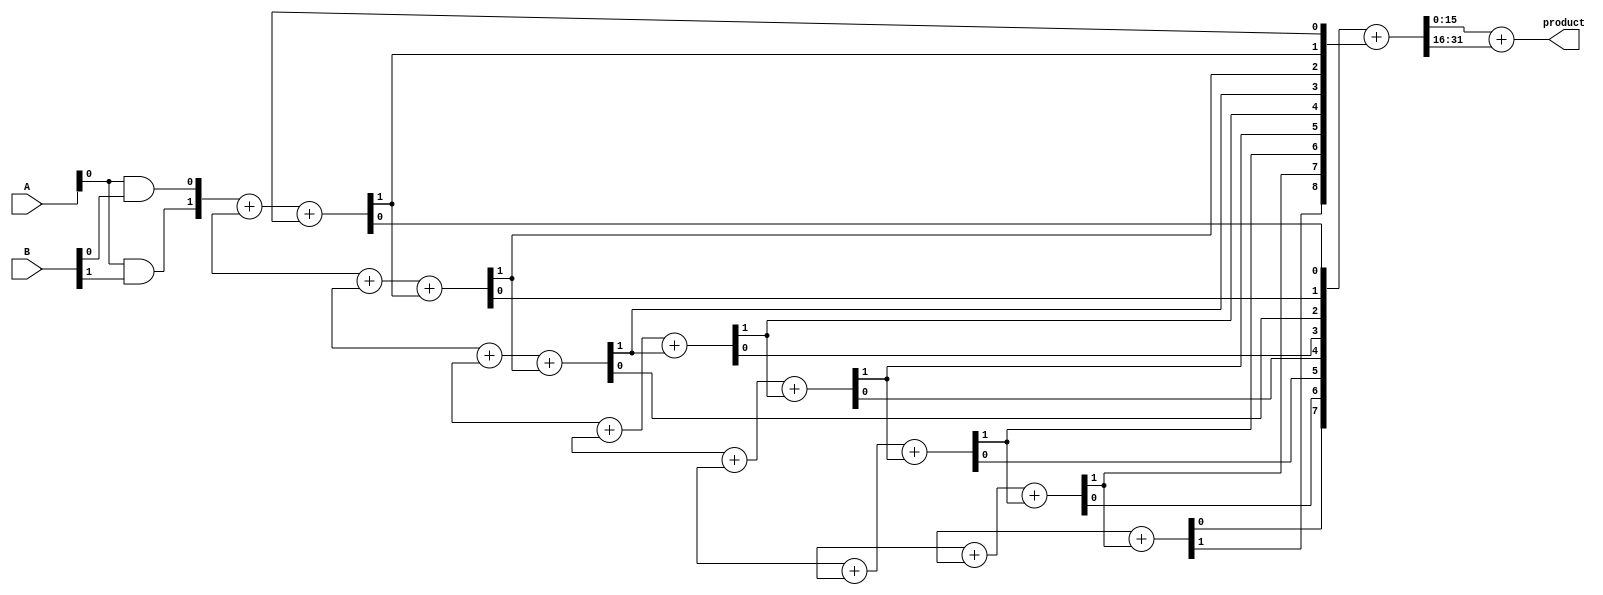
module AdaptiveWallaceTreeMultiplier #(parameter A_WIDTH = 8, B_WIDTH = 8)(
    input [A_WIDTH-1:0] A,
    input [B_WIDTH-1:0] B,
    output reg [(A_WIDTH + B_WIDTH - 1):0] product
);

    // Generate partial products
    wire [A_WIDTH * B_WIDTH - 1:0] partial_products [0:A_WIDTH-1];
    genvar i, j;
    generate
        for (i = 0; i < A_WIDTH; i = i + 1) begin : pp_gen
            for (j = 0; j < B_WIDTH; j = j + 1) begin : pp_gen_inner
                assign partial_products[i][j + (i * B_WIDTH)] = A[i] & B[j];
            end
        end
    endgenerate

    // Wallace Tree Reduction
    wire [A_WIDTH * B_WIDTH - 1:0] sum;
    wire [A_WIDTH * B_WIDTH - 1:0] carry;
    
    // Carry-Save Adder (CSA) implementation
    generate
        for (i = 0; i < A_WIDTH; i = i + 1) begin : csa_stage
            if (i < A_WIDTH - 1) begin
                assign {carry[i + 1], sum[i]} = partial_products[i] + partial_products[i + 1] + carry[i];
            end else begin
                assign {carry[i + 1], sum[i]} = partial_products[i] + carry[i];
            end
        end
    endgenerate

    // Final Addition
    wire [(A_WIDTH + B_WIDTH - 1):0] final_sum;
    wire [(A_WIDTH + B_WIDTH - 1):0] final_carry;

    // Using a simple ripple carry adder for final addition
    assign {final_carry, final_sum} = sum + carry;

    // Output the product
    always @(*) begin
        product = final_sum + final_carry;
    end

endmodule